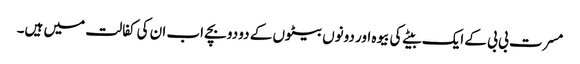
مسرت بی بی کے ایک بیٹے کی بیوہ اور دونوں بیٹوں کے دو دو بچے اب ان کی کفالت میں ہیں۔